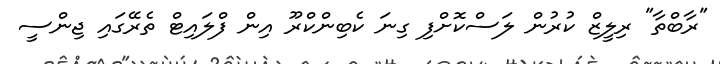
"ރާބްތާ" ރިލީޒް ކުރުން ލަސްކޮށްފި ގިނަ ކެބިންކްރޫ އިން ފްލައިޓް ތެރޭގައި ޖިންސީ